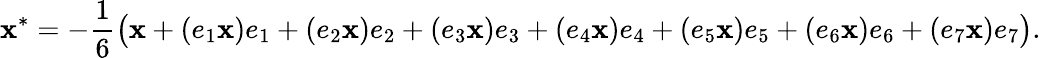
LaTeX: \mathbf{x}^{*}=-{\frac{{1}}{{6}}}{\bigl(}\mathbf{x}+(e_{1}\mathbf{x})e_{1}+(e_{2}\mathbf{x})e_{2}+(e_{3}\mathbf{x})e_{3}+(e_{4}\mathbf{x})e_{4}+(e_{5}\mathbf{x})e_{5}+(e_{6}\mathbf{x})e_{6}+(e_{7}\mathbf{x})e_{7}{\bigr)}.